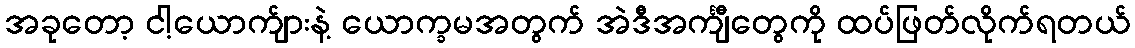
အခုတော့ ငါ့ယောက်ျားနဲ့ ယောက္ခမအတွက် အဲဒီအင်္ကျီတွေကို ထပ်ဖြတ်လိုက်ရတယ်